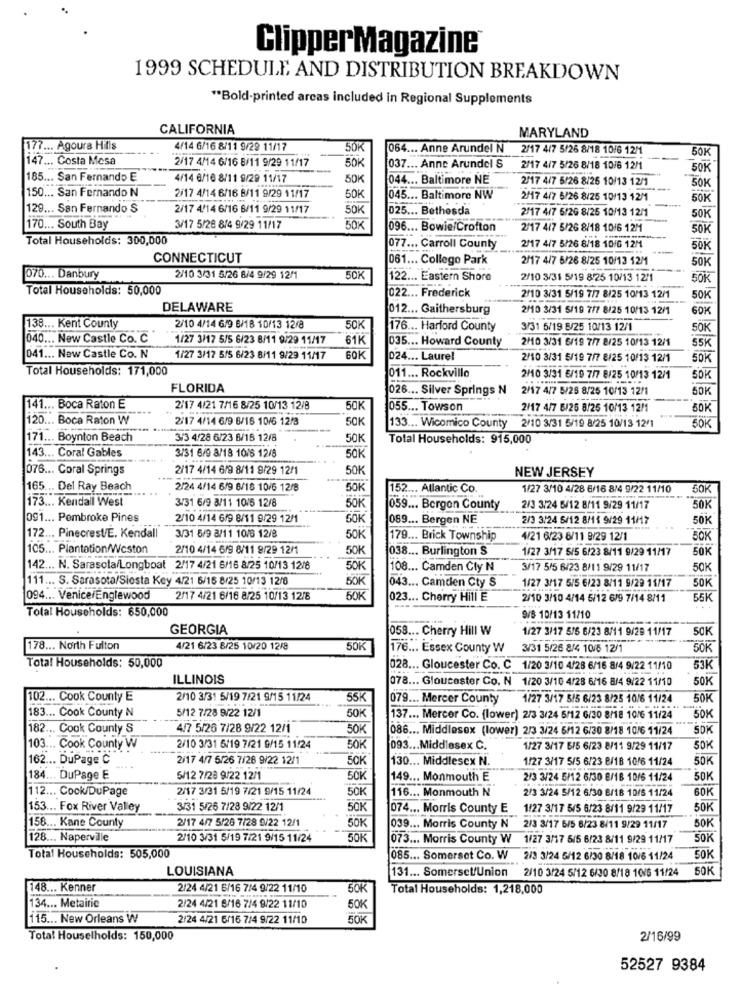
ClipperMagazine
1999 SCHEDULE AND DISTRIBUTION BREAKDOWN
** Bold-printed arcas included in Regional Supplements
CALIFORNIA
MARYLAND
177 ... Agoura Hills
4/14 6/16 8/11 9/29 11/17
50K
064 ... Anne Arundel N
2/17 4/7 5/26 8/18 10/6 12M
50K
147 ... Costa Mesa
2/17 4/14 6/16 8/11 9/29 11/17
50K
037 ... Anne Arundel S
2/17 4/7 5/26 8/18 10/6 12/1
50K
185 ... San Fernando E
4/14 6/16 8/11 9/29 11/17
50K
044 ... Baltimore NE
2/17 4/7 5/26 8/26 10/13 12/1
50K
150 ... San Fernando N
2/17 4/14 6/16 8/11 9/29 11/17
50K
045 ... Baltimore NW
2/17 4/7 5/26 8/25 10/13 12/1
SOK
129 ... San Fernando S
2/17 4/14 6/16 6/11 9/29 11/17
50K
025 ... Bethesda
2/17 4/7 5/26 8/25 10/13 12/1
50K
170 ... South Bay
3/17 5/28 8/4 9/29 11/17
50K
096 ... Bowie/Crofton
2/17 4/7 5/26 8/18 10/6 12M
50K
Total Households: 300,000
077 ... Carroll County
2/17 4/7 5/26 8/18 10/6 12M
50K
CONNECTICUT
061 ... Collego Park
2/17 4/7 5/26 8/25 10/13 12M
50K
070 ... Danbury
2/10 3/31 5/26 8/4 9/29 12/1
50K
122 ... Eastern Shore
2/10 3/31 5/19 8/25 10/13 12/1
50K
Total Households: 50,000
022 ... Frederick
2/10 3/31 5/19 7/7 8/25 10/13 12/1
50K
DELAWARE
012 ... Gaithersburg
2/10 3/31 5/19 7/7 8/25 10/13 12/1
SOK
138 ... Kent County
2/10 4/14 6/9 8/18 10/13 12/8
50K
176 ... Harford County
3/31 5/19 8/25 10/13 12/1
SOK
040 ... New Castle Co. C
1/27 3/17 5/5 6/23 8/11 9/29 11/17
61K
035 ... Howard County
2/0 3/31 6/19 7/7 8/25 10/13 12/1
55K
041 ... New Castle Co. N
1/27 3/17 5/5 6/23 8/11 9/29 11/17
60K
024 ... Laurel
2/10 3/31 5/19 7/7 8/25 10/13 12/1
SOK
Total Households: 171,000
011 ... Rockville
2/0 3/31 6/19 7/7 8/25 10/13 12/1
50K
FLORIDA
026 ... Silver Springs N
2/17 4/7 5/25 8/25 10/13 12/1
SOK
141 ... Boca Raton E
2/17 4/21 7/16 8/25 10/13 12/8
50K
055 ... Towson
2/17 4/7 6/25 8/25 10/13 12/1
50K
120 ... Boca Raton W
2/17 4/14 6/9 8/16 10/6 12/3
50K
133 ... Wicomico County 2/10 3/31 5/19 8/25 10/13 12/1
50K
171 ... Boynton Beach
3/3 4/28 6/23 6/16 12/8
50K
Total Households: 915,000
143 ... Coral Gables
3/31 6/9 8/18 10/6 12/8
50K
076 ... Coral Springs
2/17 4/14 6/9 8/11 9/29 12/1
50K
NEW JERSEY
165 ... Del Ray Beach
2/24 4/14 6/9 8/16 10/6 12/8
50K
152 ... Allantic Co.
1/27 3/10 4/28 6/16 8/4 9/22 11/10
173 ... Kendall West
3/31 6/9 8/11 10/5 12/8
50K
059 ... Bergen County
2/3 3/24 5/12 8/11 9/29 11/17
50K
091 ... Pembroke Pines
2/10 4/14 6/9 8/11 9/29 12/1
SOK
089 ... Bergen NE
2/3 3/24 5/12 8/11 9/29 11/17
50K
172 ... Pinecrest/E. Kendall
3/31 5/9 8/11 10/6 12/8
50K
179 ... Brick Township
4/21 6/23 8/11 9/29 12/1
BOK
105 ... Plantation/Weston
2/10 4/14 6/9 8/11 9/29 12/1
50K
038 ... Burlington S
1/27 3/17 5/5 6/23 8/11 9/29 11/17
50K
142 ... N. Sarasota/Longboat 2/17 4/21 6/16 8/25 10/13 12/8
50K
108 ... Camden Cly N
3/17 5/5 6/23 8/11 9/29 11/17
50K
111 ... S. Sarasota/Siesta Key 4/21 6/16 8/25 10/13 12/6
5ÖK
043 ... Camden Cty S
50K
1/27 3/17 5/5 6/23 8/11 9/29 11/17
094 ... Venice/Englewood
2/17 4/21 6/16 8/25 10/13 12/8
50K
023 ... Cherry Hill E
2/10 3/10 4/14 5/12 6/9 7/14 8/11
55K
Total Households: 650,000
...
9/ 10/13 11/10
GEORGIA
058 ... Cherry Hill W
1/27 3/17 5/5 6/23 8/11 9/29 11/17
50K
178 ... North Fulton
4/21 6/23 8/25 10/20 12/8
50K
176 ... Essex County W
3/31 5/26 8/4 10/6 12/1
50K
Total Households: 50,000
028 ... Gloucester Co. C 1/20 3/10 4/28 6/16 8/4 9/22 11/10
53K
ILLINOIS
078 ... Gloucester Co. N 1/20 3/10 4/28 6/16 8/4 9/22 11/10
50K
102 ... Cook County E
2/10 3/31 5/19 7/21 9/15 11/24
55K
079 ... Mercer County
1/27 3/17 5/5 6/23 8/25 10/6 11/24
50K
183 ... Cook County N
5/12 7/28 9/22 12/1
50K
137 ... Mercer Co. (lower) 2/3 3/24 5/12 6/30 8/18 10/6 11/24
50K
182 ... Cook County S
4/7 5/26 7/28 9/22 12/1
50K
086 ... Middlesex (lower) 2/3 3/24 6/12 6/30 8/18 10/6 11/24
SDK
103 ... Cook County W
2/10 3/31 5/19 7/21 9/15 11/24
50K
093 ... Middlesex C.
1/27 3/17 6/5 6/23 8/11 9/29 11/17
50K
162 ... DuPage C
2/17 4/7 5/26 7/28 9/22 12/1
50K
130 ... Middlesex N.
1/27 3/17 5/5 6/23 B/18 10/6 11/24
50K
184 ... DuPage E
5/12 7/28 9/22 12/1
50K
149 ... Monmouth E
2/3 3/24 5/12 6/30 8/18 10/6 11/24
50K
112 ... Cook/DuPage
2/17 3/31 5/19 7/21 9/15 11/24
116 ... Monmouth N
2/3 3/24 5/12 6/30 8/18 10/5 11/24
60K
50K
153 ... Fox River Valley
3/31 5/26 7/28 9/22 12/1
50K
074 ... Morris County E 1/27 3/17 5/5 6/23 8/11 9/29 11/17
50K
2/17 4/7 5/26 7/28 9/22 12/1
50K
158 ... Kane County
039 ... Morris County N 2/3 3/17 6/5 6/23 8/11 9/29 11/17
50K
128 ... Naperville
2/10 3/31 5/19 7/21 9/15 11/24
50K
073 ... Morris County W
1/27 3/17 5/5 6/23 8/11 9/29 11/17
50K
Total Households: 505,000
085 ... Somerset Co. W
2/3 3/24 5/12 6/30 8/18 10/6 11/24
50K
LOUISIANA
131 ... Somerset/Union
2/10 3/24 5/12 6/30 8/18 10/5 11/24
50K
148 ... Kenner
2/24 4/21 6/16 7/4 9/22 11/10
50K
Total Households: 1,218,000
134 ... Metairie
2/24 4/21 6/16 7/4 9/22 11/10
50K
115 ... New Orleans W
2/24 4/21 6/16 7/4 9/22 11/10
Total Houselholds: 150,000
2/16/99
52527 9384